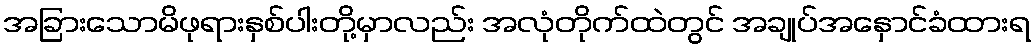
အခြားသောမိဖုရားနှစ်ပါးတို့မှာလည်း အလုံတိုက်ထဲတွင် အချုပ်အနှောင်ခံထားရ